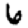
Digit: 6